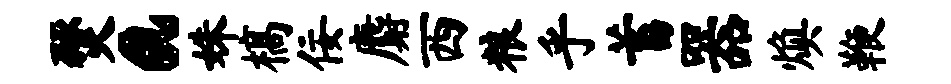
燹a姝槁佞麝西粮乎蓄器焕鞭